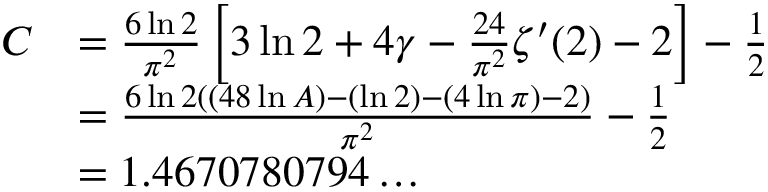
{ \begin{array} { r l } { C } & { = { \frac { 6 \ln 2 } { \pi ^ { 2 } } } \left[ 3 \ln 2 + 4 \gamma - { \frac { 2 4 } { \pi ^ { 2 } } } \zeta ^ { \prime } ( 2 ) - 2 \right] - { \frac { 1 } { 2 } } } \\ & { = { \frac { { 6 \ln 2 } ( ( 4 8 \ln A ) - ( \ln 2 ) - ( 4 \ln \pi ) - 2 ) } { \pi ^ { 2 } } } - { \frac { 1 } { 2 } } } \\ & { = 1 . 4 6 7 0 7 8 0 7 9 4 \ldots } \end{array} }